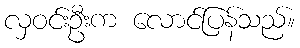
လှဝင်းဦးက လောင်ပြန်သည်။